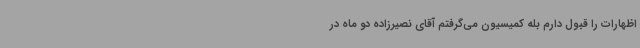
اظهارات را قبول دارم بله کمیسیون می‌گرفتم آقای نصیرزاده دو ماه در